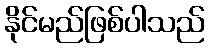
နိုင်မည်ဖြစ်ပါသည်